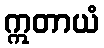
ဣတာယံ